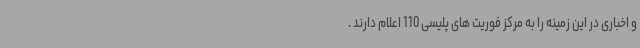
و اخباری در این زمینه را به مرکز فوریت های پلیسی 110 اعلام دارند .